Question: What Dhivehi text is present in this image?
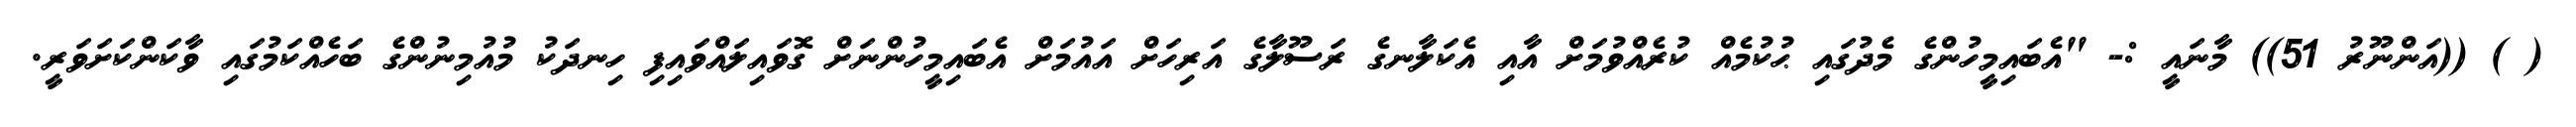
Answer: ( ) ((އަންނޫރު 51)) މާނައީ :- "އެބައިމީހުންގެ މެދުގައި ޙުކުމެއް ކުރެއްވުމަށް އާއި އެކަލާނގެ ރަސޫލާގެ އަރިހަށް އައުމަށް އެބައިމީހުންނަށް ގޮވައިލައްވައިފި ހިނދަކު މުއުމިނުންގެ ބަހެއްކަމުގައި ވާކަންކަށަވަރީ.